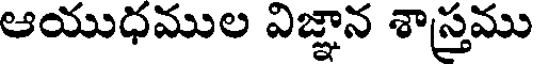
ఆయుధముల విజ్ఞాన శాస్త్రము